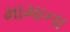
મામાના